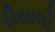
રીસાલો